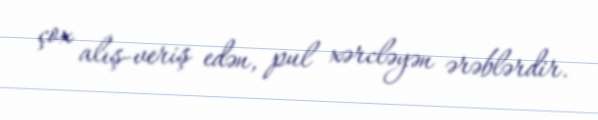
çox alış-veriş edən, pul xərcləyən ərəblərdir.